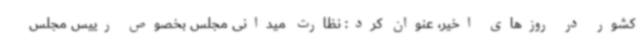
کشور در روزهای اخیر، عنوان کرد: نظارت میدانی مجلس بخصوص رییس مجلس